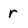
Character: r